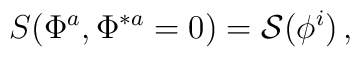
S(\Phi^a,\Phi^{\ast a}= 0)= {\cal S} (\phi^{i} )\, ,